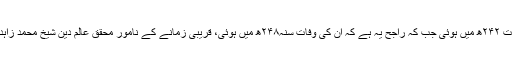
آپ کی وفات کے بارے میں دو قول ہیں: ایک قول کے مطابق وفات ۲۴۲ھ میں ہوئی جب کہ راجح یہ ہے کہ ان کی وفات سنہ۲۴۸ھ میں ہوئی، قریبی زمانے کے نامور محقق عالم دین شیخ محمد زاہد الکوثریؒ نے اسی کو ذکرکیا ہے اور اسے ہی راجح قرار دیا ہے۔